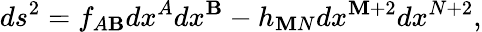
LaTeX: ds^{2}=f_{A\mathbf{B}}dx^{A}dx^{\mathbf{B}}-h_{\mathbf{M}N}dx^{\mathbf{M}+2}dx^{N+2},